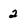
Character: 2